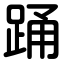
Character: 踊